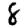
Digit: 8